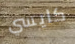
كايسي